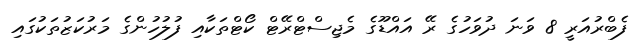
ފެބްރުއަރީ 8 ވަނަ ދުވަހުގެ ރޭ އައްޑޫގެ މެޖިސްޓްރޭޓް ކޯޓްތަކާއި ފުލުހުންގެ މަރުކަޒުތަކުގައި